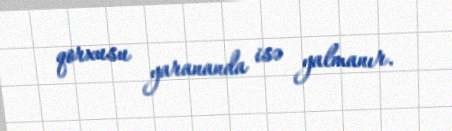
qorxusu yarananda isə yalmanır.